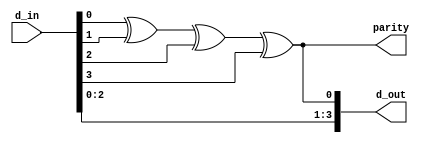
`timescale 1ns / 1ps
//////////////////////////////////////////////////////////////////////////////////
// Company: 
// Engineer: 
// 
// Design Name: 
// Module Name: parity_generator
// Project Name: 
// Target Devices: 
// Tool Versions: 
// Description: 
// 
// Dependencies: 
// 
// Revision:
// Revision 0.01 - File Created
// Additional Comments:
// 
//////////////////////////////////////////////////////////////////////////////////


module parity_generator(
    input [3:0] d_in,
    output [3:0] d_out,
    output parity
    );
    
    assign parity = d_in[0] ^ d_in[1] ^ d_in[2] ^ d_in[3];
    assign d_out = {d_in, parity};
    
endmodule